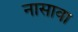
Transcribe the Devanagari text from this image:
नासावा